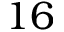
1 6